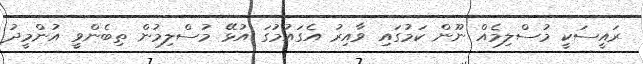
ރައީސަކީ މުސްލިމެއް ނޫން ކަމުގައި ވާއިރު އެގައުމުގަ އުޅޭ މުސްލިމުން ތިބެންވީ އުންމީދު